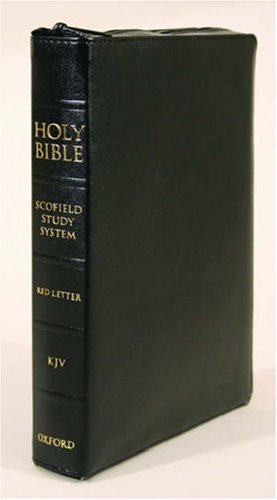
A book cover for Holy Bible: King James Version, The Scofield Study Bible III, Duradera Zipper Black; Christian Books & Bibles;